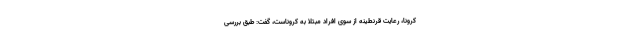
کرونا، رعایت قرنطینه از سوی افراد مبتلا به کروناست، گفت: طبق بررسی